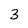
Character: 3